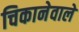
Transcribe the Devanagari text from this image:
चिकानेवाले